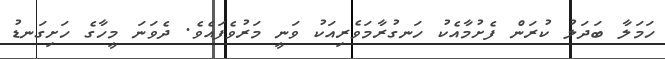
ހަމަލާ ބަދަލު ކުރަން ފެށުމާއެކު ހަނގުރާމަވެރިއަކު ވަނީ މަރުވެފައެވެ. ދެވަނަ މީހާގެ ހަށިގަނޑު